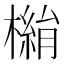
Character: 𣚓